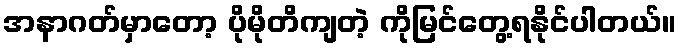
အနာဂတ်မှာတော့ ပိုမိုတိကျတဲ့ ကိုမြင်တွေ့ရနိုင်ပါတယ်။